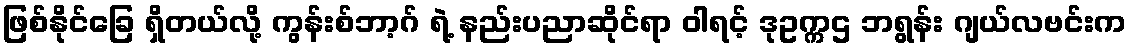
ဖြစ်နိုင်ခြေ ရှိတယ်လို့ ကွန်းစ်ဘာ့ဂ် ရဲ့ နည်းပညာဆိုင်ရာ ဝါရင့် ဒုဥက္ကဌ ဘရွန်း ဂျယ်လဗင်းက